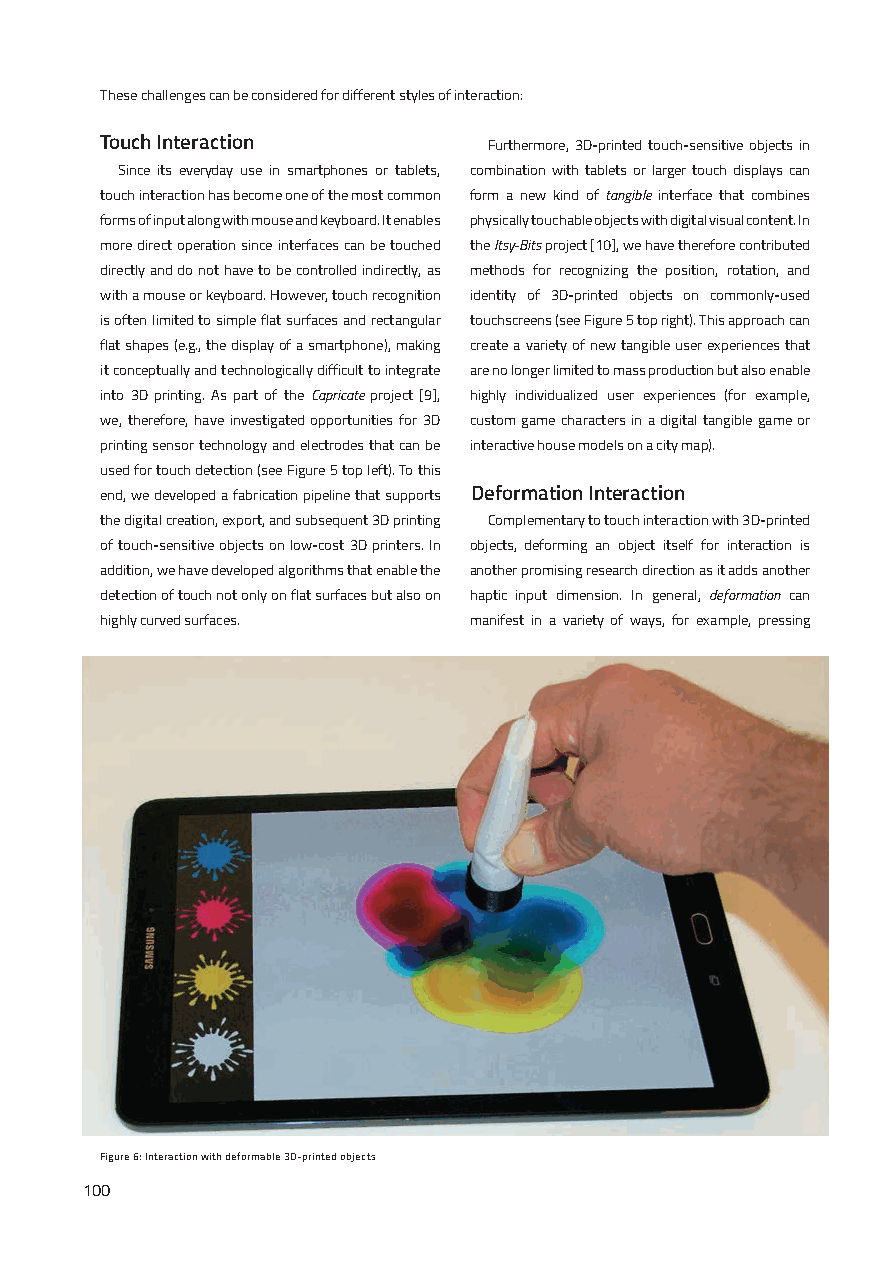
These challenges can be considered for different styles of interaction:
 Touch Interaction        Furthermore, 3D-printed touch-sensitive objects in
 Since its everyday use in smartphones or tablets, combination with tablets or larger touch displays can
 touch interaction has become one of the most common form a new kind of tangible interface that combines
 forms of input along with mouse and keyboard. It enables physically touchable objects with digital visual content. In
 more direct operation since interfaces can be touched the Itsy-Bits project [10], we have therefore contributed
 directly and do not have to be controlled indirectly, as methods for recognizing the position, rotation, and
 with a mouse or keyboard. However, touch recognition identity of 3D-printed objects on commonly-used
 is often limited to simple flat surfaces and rectangular touchscreens (see Figure 5 top right). This approach can
 flat shapes (e.g., the display of a smartphone), making create a variety of new tangible user experiences that
 it conceptually and technologically difficult to integrate are no longer limited to mass production but also enable
 into 3D printing. As part of the Capricate project [9], highly individualized user experiences (for example,
 we, therefore, have investigated opportunities for 3D custom game characters in a digital tangible game or
 printing sensor technology and electrodes that can be interactive house models on a city map).
 used for touch detection (see Figure 5 top left). To this
 end, we developed a fabrication pipeline that supports Deformation Interaction
 the digital creation, export, and subsequent 3D printing Complementary to touch interaction with 3D-printed
 of touch-sensitive objects on low-cost 3D printers. In objects, deforming an object itself for interaction is
 addition, we have developed algorithms that enable the another promising research direction as it adds another
 detection of touch not only on flat surfaces but also on haptic input dimension. In general, deformation can
 highly curved surfaces. manifest in a variety of ways, for example, pressing
 Figure 6: Interaction with deformable 3D-printed objects
 100